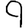
Digit: 9